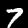
Digit: 7